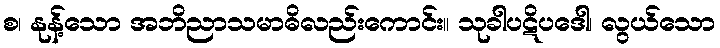
စ၊ နုန့်သော အဘိညာသမာဓိလည်းကောင်း။ သုခါပဋိပဒေါ၊ လွယ်သော